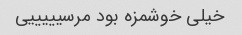
خیلی خوشمزه بود مرسیییییی